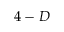
4 - D